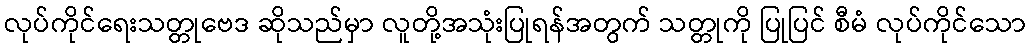
လုပ်ကိုင်ရေးသတ္တုဗေဒ ဆိုသည်မှာ လူတို့အသုံးပြုရန်အတွက် သတ္တုကို ပြုပြင် စီမံ လုပ်ကိုင်သော